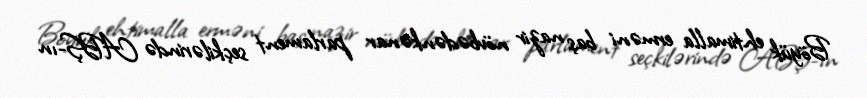
Böyük ehtimalla erməni baş nazir növbədənkənar parlament seçkilərində ABŞ-ın